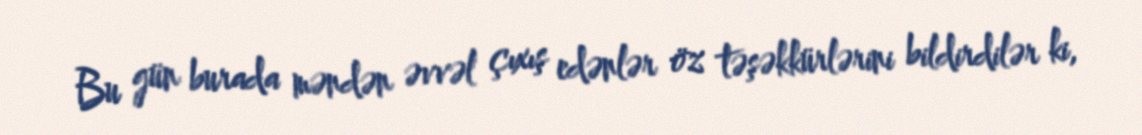
Bu gün burada məndən əvvəl çıxış edənlər öz təşəkkürlərini bildirdilər ki,